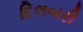
દિલબરી